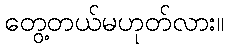
တွေ့တယ်မဟုတ်လား။